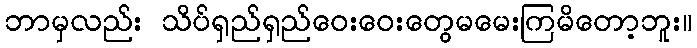
ဘာမှလည်း သိပ်ရှည်ရှည်ဝေးဝေးတွေမမေးကြမိတော့ဘူး။